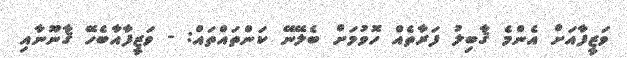
ވަޒީފާއަށް އެންމެ ޤާބިލު ފަރާތެއް ހޮވުމަށް ބެލޭނޭ ކަންތައްތައް: - ވަޒީފާއާބެހޭ ޤާނޫނާއި